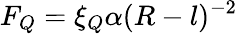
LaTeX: F_{Q}=\xi_{Q}\alpha(R-l)^{-2}